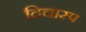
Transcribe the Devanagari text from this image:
दिचास्प